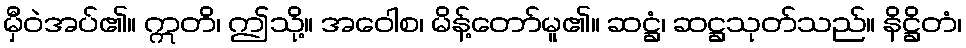
မှီဝဲအပ်၏။ ဣတိ၊ ဤသို့။ အဝေါစ၊ မိန့်တော်မူ၏။ ဆဋ္ဌံ၊ ဆဋ္ဌသုတ်သည်။ နိဋ္ဌိတံ၊